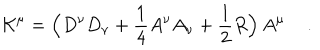
{ \cal K } ^ { \mu } = \Big ( D ^ { \nu } D _ { \nu } + \frac { 1 } { 4 } A ^ { \nu } A _ { \nu } + \frac { 1 } { 2 } R \Big ) \, A ^ { \mu } \quad \, .